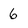
Character: 6